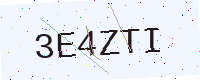
Text: 3E4ZTI